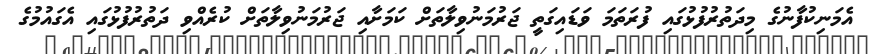
އެމަނިކުފާނުގެ މިދަތުރުފުޅުގައި ފުރަތަމަ ވަޑައިގަތީ ޖަރުމަނުވިލާތަށް ކަމަށާއި ޖަރުމަނުވިލާތަށް ކުރެއްވި ދަތުރުފުޅުގައި އެގައުމުގެ